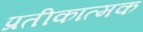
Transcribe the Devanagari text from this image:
प्रतीकात्‍मक